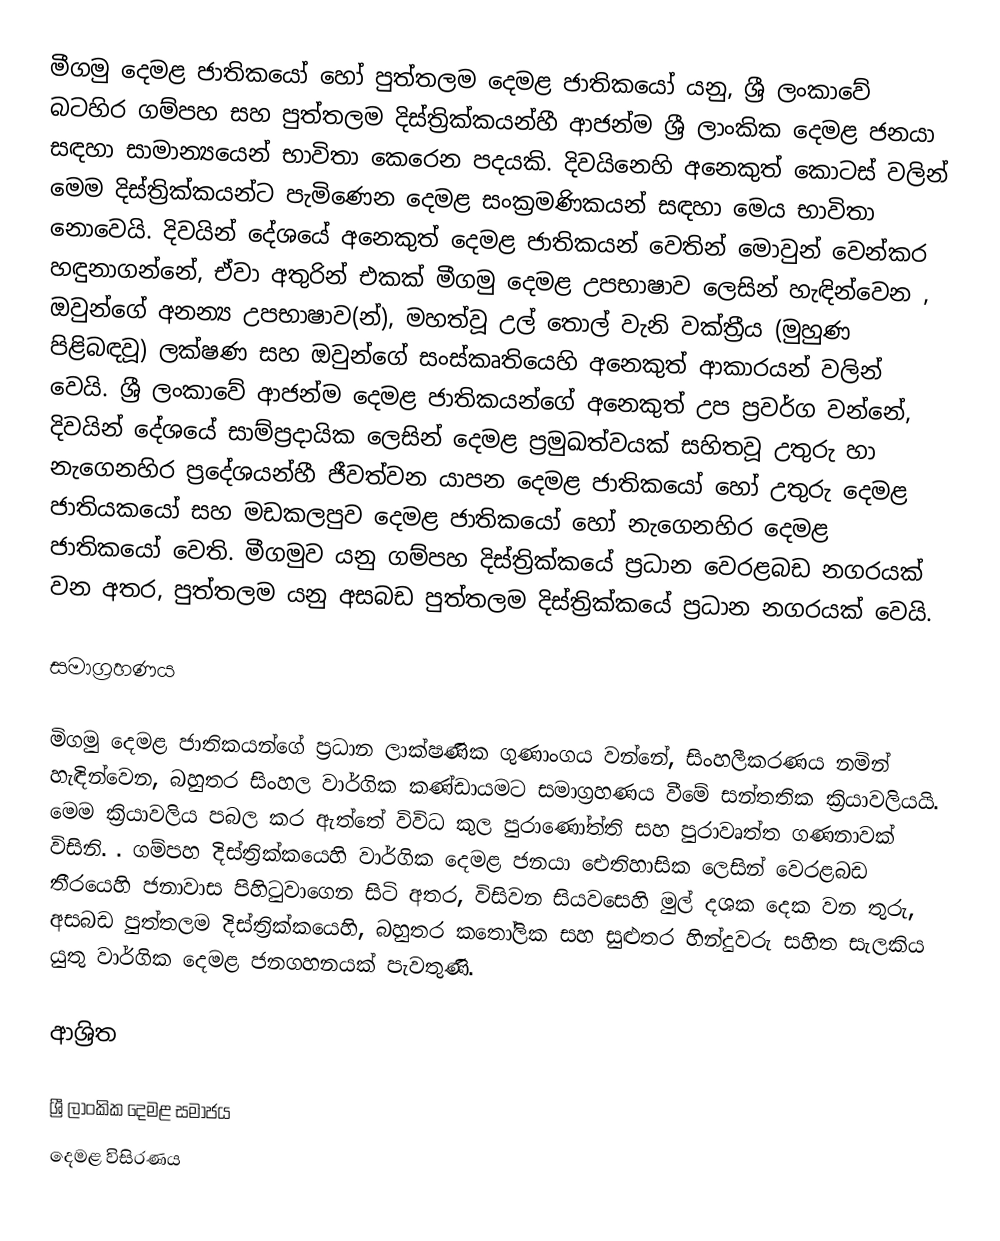
මීගමු දෙමළ ජාතිකයෝ හෝ  පුත්තලම දෙමළ ජාතිකයෝ යනු, ශ්‍රී ලංකාවේ  බටහිර ගම්පහ සහ  පුත්තලම දිස්ත්‍රික්කයන්හී ආජන්ම ශ්‍රී ලාංකික දෙමළ ජනයා සඳහා  සාමාන්‍යයෙන්  භාවිතා කෙරෙන පදයකි. දිවයිනෙහි අනෙකුත් කොටස් වලින් මෙම දිස්ත්‍රික්කයන්ට පැමිණෙන දෙමළ  සංක්‍රමණිකයන් සඳහා මෙය භාවිතා නො‍වෙයි. දිවයින් දේශයේ අනෙකුත් දෙමළ ජාතිකයන් වෙතින් මොවුන් වෙන්කර හඳුනාගන්නේ, ඒවා අතුරින් එකක් මීගමු දෙමළ උපභාෂාව ලෙසින් හැඳින්වෙන , ඔවුන්ගේ අනන්‍ය උපභාෂාව(න්), මහත්වූ උල් තොල් වැනි වක්ත්‍රීය (මුහුණ පිළිබඳවූ) ලක්ෂණ සහ ඔවුන්ගේ සංස්කෘතියෙහි අනෙකුත් ආකාරයන් වලින් වෙයි. ශ්‍රී ලංකාවේ ආජන්ම දෙමළ ජාතිකයන්ගේ අනෙකුත් උප ප්‍රවර්ග වන්නේ, දිවයින් දේශයේ සාම්ප්‍රදායික ලෙසින් දෙමළ ප්‍රමුඛත්වයක් සහිතවූ  උතුරු හා නැගෙනහිර ප්‍රදේශයන්හී ජීවත්වන  යාපන දෙමළ ජාතිකයෝ හෝ උතුරු දෙමළ ජාතියකයෝ සහ  මඩකලපුව දෙමළ ජාතිකයෝ හෝ නැගෙනහිර දෙමළ ජාතිකයෝ වෙති. මීගමුව යනු  ගම්පහ දිස්ත්‍රික්කයේ ප්‍රධාන වෙරළබඩ නගරයක් වන අතර, පුත්තලම යනු අසබඩ  පුත්තලම දිස්ත්‍රික්කයේ ප්‍රධාන නගරයක් වෙයි.

සමාග්‍රහණය

මිගමු දෙමළ ජාතිකයන්ගේ ප්‍රධාන ලාක්ෂණික ගුණාංගය වන්නේ, සිංහලීකරණය නමින් හැඳින්වෙන,  බහුතර සිංහල වාර්ගික කණ්ඩායමට සමාග්‍රහණය වීමේ සන්තතික ක්‍රියාවලියයි. මෙම ක්‍රියාවලිය පබල කර ඇත්තේ විවිධ  කුල පුරාණෝත්ති සහ  පුරාවෘත්ත ගණනාවක් විසිනි. . ගම්පහ දිස්ත්‍රික්කයෙහි වාර්ගික දෙමළ ජනයා ඓතිහාසික ලෙසින් වෙරළබඩ තීරයෙහි ජනාවාස පිහිටුවාගෙන සිටි අතර, විසිවන සියවසෙහි මුල් දශක දෙක වන තුරු, අසබඩ පුත්තලම දිස්ත්‍රික්කයෙහි,   බහුතර කතෝලික සහ සුළුතර හින්දුවරු සහිත සැලකිය යුතු වාර්ගික දෙමළ ජනගහනයක් පැවතුණි.

ආශ්‍රිත

ශ්‍රී ලාංකික දෙමළ සමාජය
දෙමළ විසිරණය